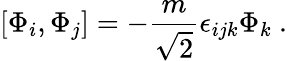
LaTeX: [\Phi_{i},\Phi_{j}]=-\frac{m}{\sqrt 2}\epsilon_{ijk}\Phi_{k}\ .